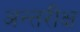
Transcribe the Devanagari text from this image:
अन्तरीक्ष